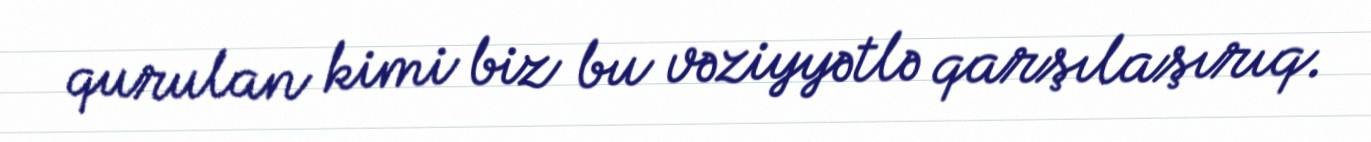
qurulan kimi biz bu vəziyyətlə qarşılaşırıq.